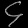
Digit: ၄